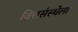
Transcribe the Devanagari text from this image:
वित्तसंस्थेला